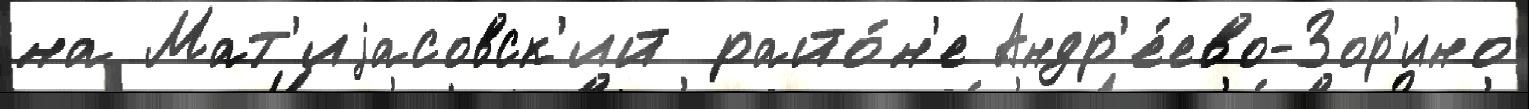
на Мат'иjасовск'ий райо́н'е Андр'е́ево-Зор'ино